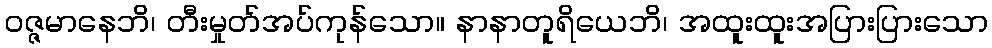
ဝဇ္ဇမာနေဘိ၊ တီးမှုတ်အပ်ကုန်သော။ နာနာတူရိယေဘိ၊ အထူးထူးအပြားပြားသော